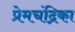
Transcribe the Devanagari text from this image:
प्रेमचंद्रिका